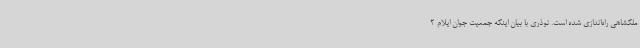
ملکشاهی راه‌اندازی شده است. نوذری با بیان اینکه جمعیت جوان ایلام 2